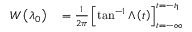
\begin{array} { r l } { W \left( \lambda _ { 0 } \right) } & { { } = \frac { 1 } { 2 \pi } \left[ \tan ^ { - 1 } \Lambda \left( t \right) \right] _ { t = - \infty } ^ { t = - t _ { 1 } } } \end{array}